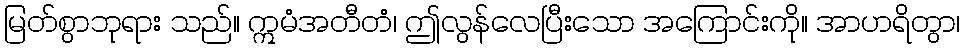
မြတ်စွာဘုရား သည်။ ဣမံအတီတံ၊ ဤလွန်လေပြီးသော အကြောင်းကို။ အာဟရိတွာ၊